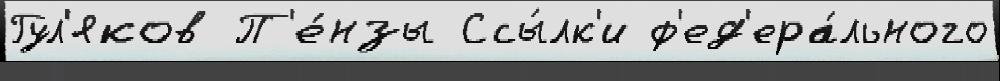
Гул'яков П'е́нзы Ссы́лк'и ф'ед'ера́льного